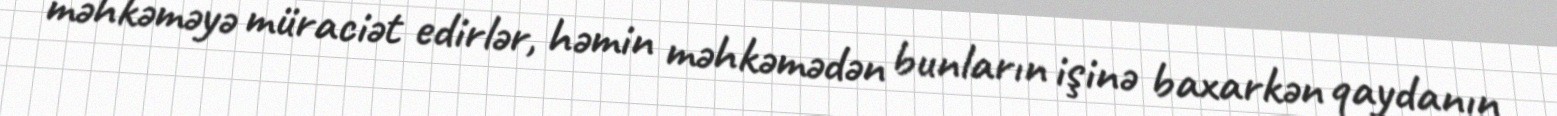
məhkəməyə müraciət edirlər, həmin məhkəmədən bunların işinə baxarkən qaydanın